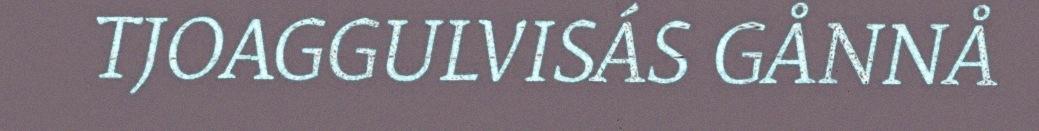
TJOAGGULVISÁS GÅNNÅ